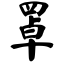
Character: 罩